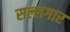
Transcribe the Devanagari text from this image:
सल्लगार